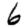
Digit: 6